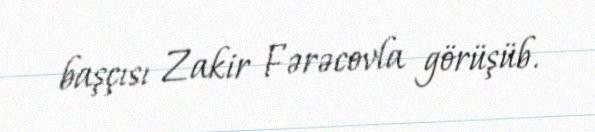
başçısı Zakir Fərəcovla görüşüb.